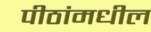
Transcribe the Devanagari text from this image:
पीठांमधील